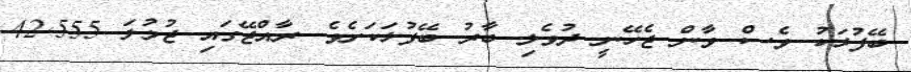
ބޭފުޅަކު ވެސް ވާން ޖެހޭނީ ދުވެލި ބާރު ބޭފުޅަކަށެވެ. ރާއްޖޭގައި ޖުމުލަ 42